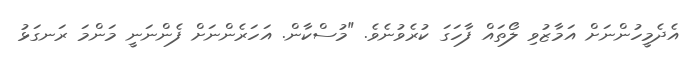
އެދެމީހުންނަށް އަމާޒުވި ލޯތައް ފާހަގަ ކުރެވުނެވެ. "މުސްކާން. އަހަރެންނަށް ފެންނަނީ މަންމަ ރަނގަޅު